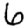
Digit: 6